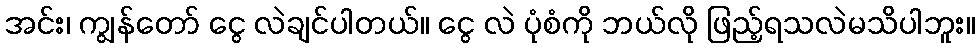
အင်း၊ ကျွန်တော် ငွေ လဲချင်ပါတယ်။ ငွေ လဲ ပုံစံကို ဘယ်လို ဖြည့်ရသလဲမသိပါဘူး။